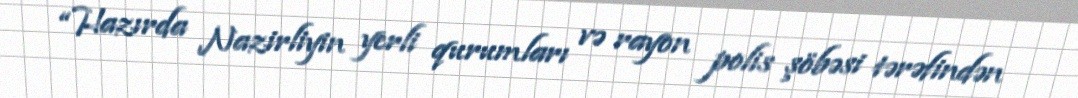
“Hazırda Nazirliyin yerli qurumları və rayon polis şöbəsi tərəfindən